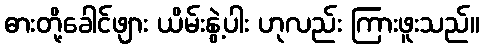
ဓားတို့ခေါင်ဖျား ယိမ်းနွဲ့ပါး ဟုလည်း ကြားဖူးသည်။